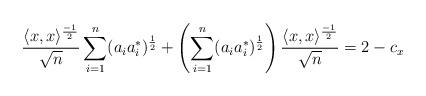
LaTeX: \begin{align*} \frac{\langle x, x \rangle^\frac{-1}{2}}{\sqrt{n}}\sum_{i=1}^{n}(a_ia_i^*)^\frac{1}{2}+\left(\sum_{i=1}^{n}(a_ia_i^*)^\frac{1}{2}\right)\frac{\langle x, x \rangle^\frac{-1}{2}}{\sqrt{n}}=2-c_x \end{align*}